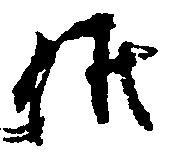
候